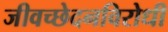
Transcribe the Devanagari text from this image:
जीवच्छेदनविरोधी